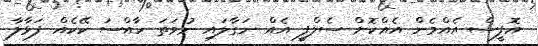
އޮފީސް އެއްމެން އެއްކޮށް ސެލްފީ އެއް ނަގާލައި ނުވަތަ ހާއްސަ ކޭކެއް ފަޅާލާ